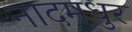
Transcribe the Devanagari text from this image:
नादमधुर